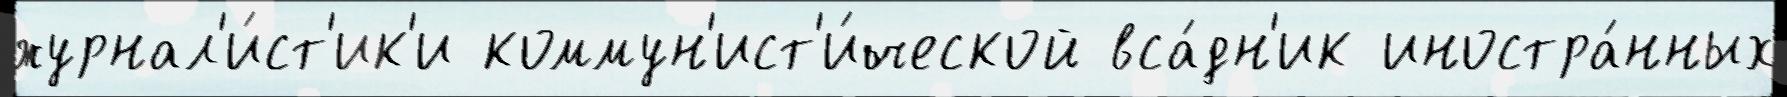
журнал'и́ст'ик'и коммун'ист'и́ческой вса́дн'ик иностра́нных